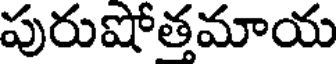
పురుషోత్తమాయ